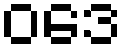
ဝဒေ